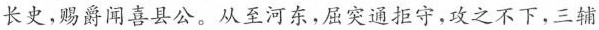
长史，赐爵闻喜县公，从至河东，屈突通拒守，攻之不下，三辅